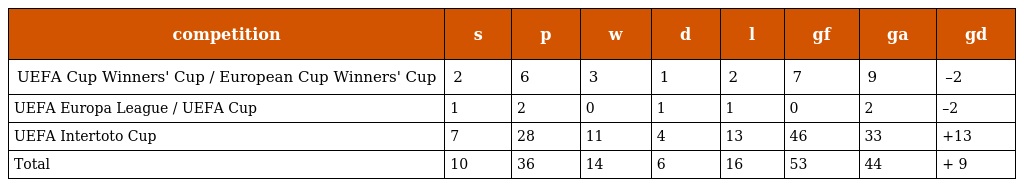
| competition | s | p | w | d | l | gf | ga | gd |
 | --- | --- | --- | --- | --- | --- | --- | --- | --- |
 | UEFA Cup Winners' Cup / European Cup Winners' Cup | 2 | 6 | 3 | 1 | 2 | 7 | 9 | –2 |
 | UEFA Europa League / UEFA Cup | 1 | 2 | 0 | 1 | 1 | 0 | 2 | –2 |
 | UEFA Intertoto Cup | 7 | 28 | 11 | 4 | 13 | 46 | 33 | +13 |
 | Total | 10 | 36 | 14 | 6 | 16 | 53 | 44 | + 9 |